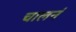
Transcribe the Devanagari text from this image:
चालनं